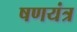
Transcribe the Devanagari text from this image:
षणयंत्र